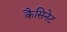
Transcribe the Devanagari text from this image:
कैसिनेट